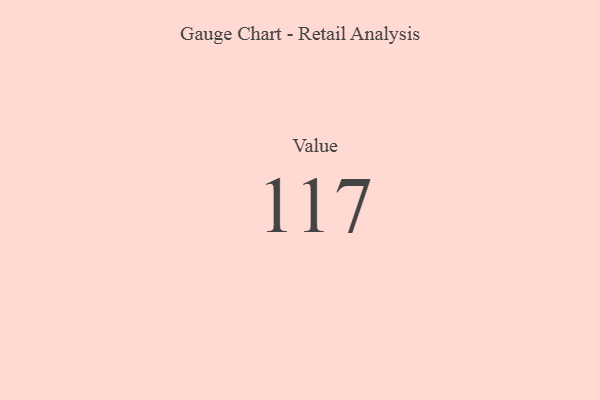
{"axis": {"x": "Metric", "y": "Value"}, "legend": [""], "data": [{"x": "Value", "y": 117, "type": ""}]}